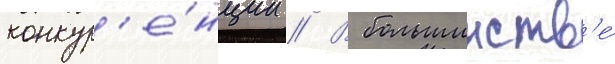
конкур'е́нции // В большинств'е́